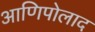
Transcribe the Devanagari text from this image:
आणिपोलाद